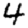
Digit: 4